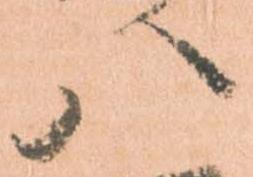
八